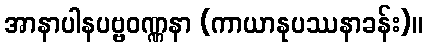
အာနာပါနပဗ္ဗဝဏ္ဏနာ (ကာယာနုပဿနာခန်း)။